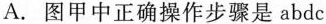
A. 图甲中正确操作步骤是abdc